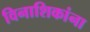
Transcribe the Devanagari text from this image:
विनाशिकांना